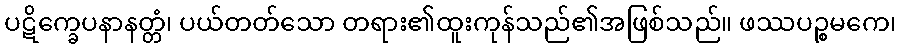
ပဋိက္ခေပနာနတ္တံ၊ ပယ်တတ်သော တရား၏ထူးကုန်သည်၏အဖြစ်သည်။ ဖဿပဉ္စမကေ၊